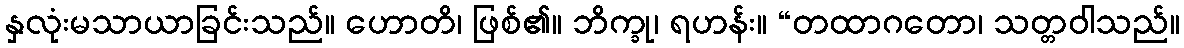
နှလုံးမသာယာခြင်းသည်။ ဟောတိ၊ ဖြစ်၏။ ဘိက္ခု၊ ရဟန်း။ “တထာဂတော၊ သတ္တဝါသည်။